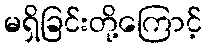
မရှိခြင်းတို့ကြောင့်